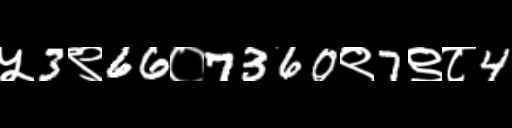
Text: ५3९66०7360९7९८4